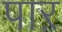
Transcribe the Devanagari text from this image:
पाऱ